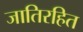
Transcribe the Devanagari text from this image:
जातिरहित